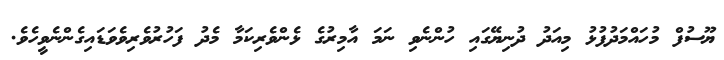
ޔޫސުފް މުހައްމަދުފުޅު މިއަދު ދުނިޔޭގައި ހުންނެވި ނަމަ އާމިރުގެ ޅެންވެރިކަމާ މެދު ފަހުރުވެރިވެވަޑައިގެންނެވީހެވެ.